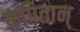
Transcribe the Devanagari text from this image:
कपितान्